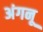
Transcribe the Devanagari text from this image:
अंगनू